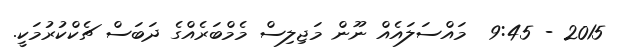
2015 - 9:45  މައްސަލައެއް ނޫން މަޖިލިސް މެމްބަރެއްގެ ދަބަސް ޗެކްކުރުމަކީ.